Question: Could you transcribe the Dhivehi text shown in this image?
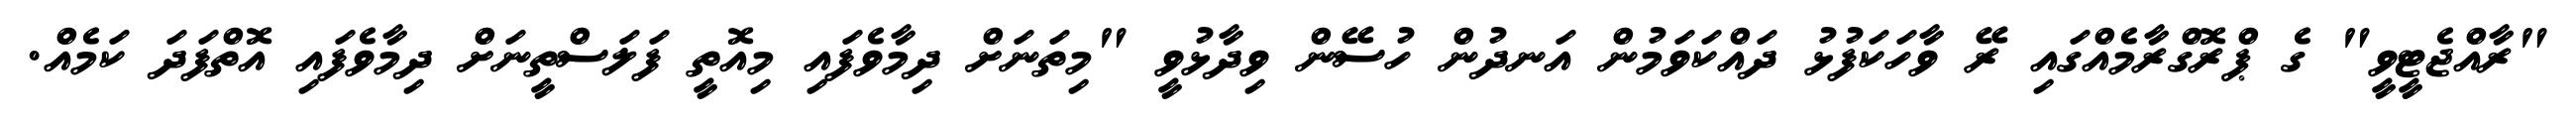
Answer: "ރާއްޖެޓީވީ" ގެ ޕްރޮގްރާމެއްގައި ރޭ ވާހަކަފުޅު ދައްކަވަމުން އަނދުން ހުސޭން ވިދާޅުވީ "މިތަނަށް ދިމާވެފައި މިއޮތީ ފަލަސްތީނަށް ދިމާވެފައި އޮތްފަދަ ކަމެއް.